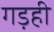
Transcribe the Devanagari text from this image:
गड़ही